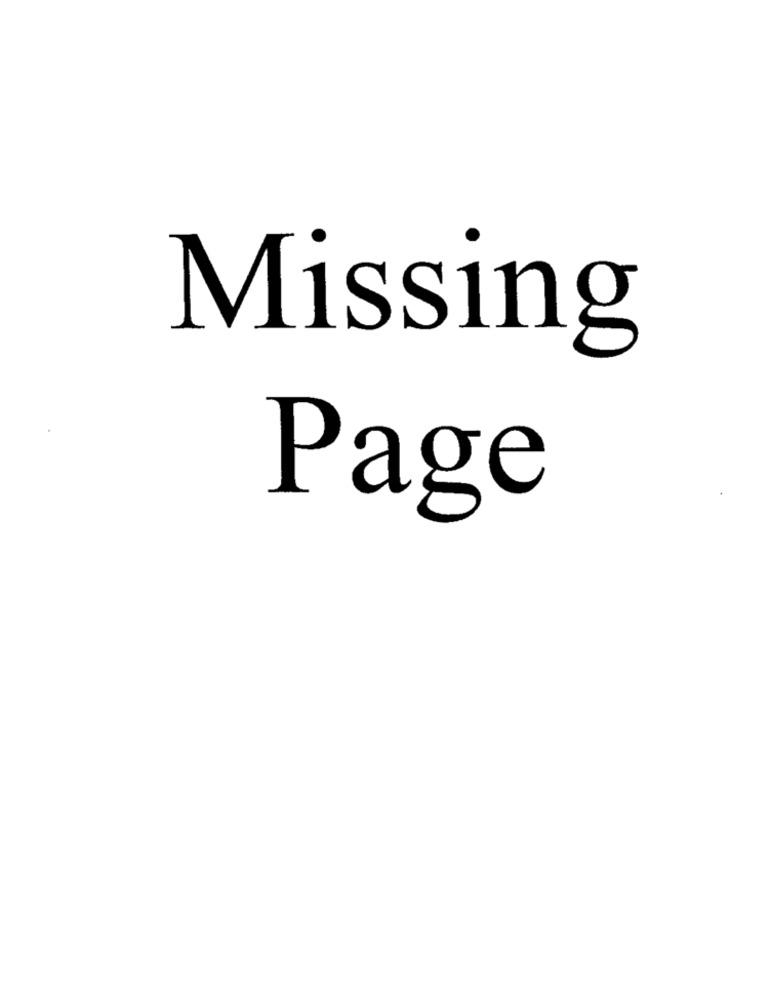
Missing
Page